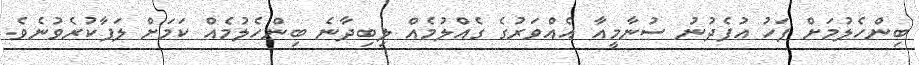
ބިންހެލުމަށް ފަހު އުފެދުނު ސުނާމީއާ އެއްވަރުގެ ގެއްލުމެއް ލިބިދާނެ ބިންހެލުމެއް ކަމަށް ލަފާކުރެވުނެވެ.